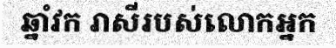
ឆ្នាំវក រាសីរបស់លោកអ្នក